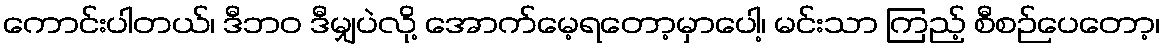
ကောင်းပါတယ်၊ ဒီဘဝ ဒီမျှပဲလို့ အောက်မေ့ရတော့မှာပေါ့၊ မင်းသာ ကြည့် စီစဉ်ပေတော့၊